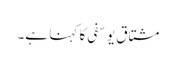
مشتاق یوسفی کا کہنا ہے۔